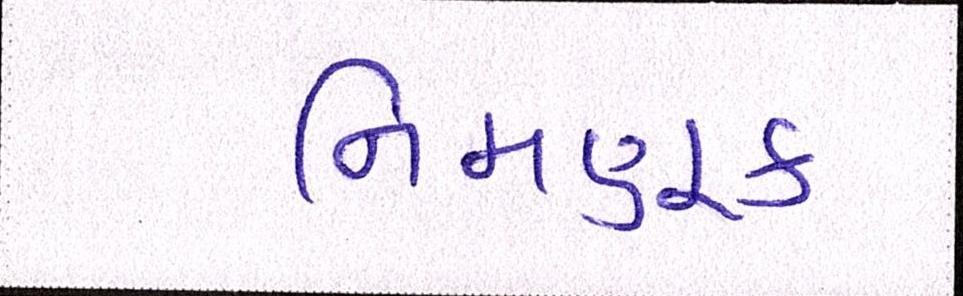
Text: નિમણૂક